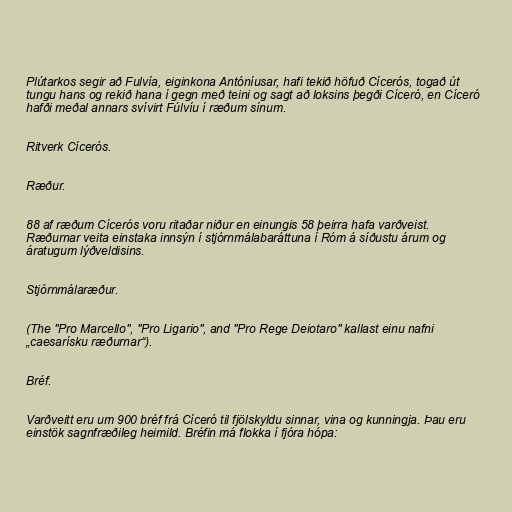
Plútarkos segir að Fulvía, eiginkona Antóníusar, hafi tekið höfuð Cícerós, togað út
tungu hans og rekið hana í gegn með teini og sagt að loksins þegði Cíceró, en Cíceró
hafði meðal annars svívirt Fúlvíu í ræðum sínum.

Ritverk Cícerós.

Ræður.

88 af ræðum Cícerós voru ritaðar niður en einungis 58 þeirra hafa varðveist.
Ræðurnar veita einstaka innsýn í stjórnmálabaráttuna í Róm á síðustu árum og
áratugum lýðveldisins.

Stjórnmálaræður.

(The "Pro Marcello", "Pro Ligario", and "Pro Rege Deiotaro" kallast einu nafni
„caesarísku ræðurnar“).

Bréf.

Varðveitt eru um 900 bréf frá Cíceró til fjölskyldu sinnar, vina og kunningja. Þau eru
einstök sagnfræðileg heimild. Bréfin má flokka í fjóra hópa: